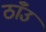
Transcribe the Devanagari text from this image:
ठाँउ